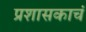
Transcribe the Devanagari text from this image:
प्रशासकाचं